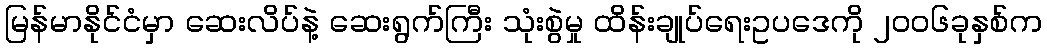
မြန်မာနိုင်ငံမှာ ဆေးလိပ်နဲ့ ဆေးရွက်ကြီး သုံးစွဲမှု ထိန်းချုပ်ရေးဥပဒေကို ၂၀၀၆ခုနှစ်က